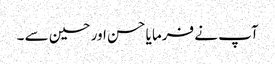
آپ نے فرما یا حسن اور حسین سے ۔